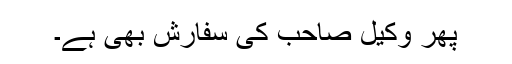
پھر وکیل صاحب کی سفارش بھی ہے۔